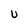
Character: U